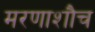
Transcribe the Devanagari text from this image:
मरणाशौच